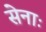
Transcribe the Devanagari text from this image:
सेनाः